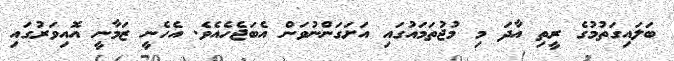
ބަލައިގަތުމުގެ ރީތި އާދަ މި މުޖުތަމައުގައި އަށަގަންނުވަން އެބަޖެހެއެވެ. އެހެނީ ޒަމާނީ އޮއިވަރުގައި